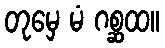
တုမှေ မံ ဂစ္ဆထ။